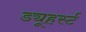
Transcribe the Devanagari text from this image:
ड्यूहर्स्ट